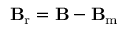
\mathbf { B } _ { \mathrm { r } } = \mathbf { B } - \mathbf { B } _ { \mathrm { m } }